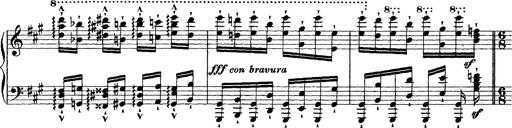
Title: Grande fantasie di bravura sur La clochette
Composer: Franz Liszt
Key: A minor